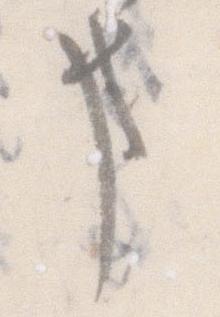
事